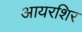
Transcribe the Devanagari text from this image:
आयरशिर